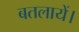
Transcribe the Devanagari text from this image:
बतलायें।